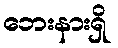
ဘေးနားရှိ